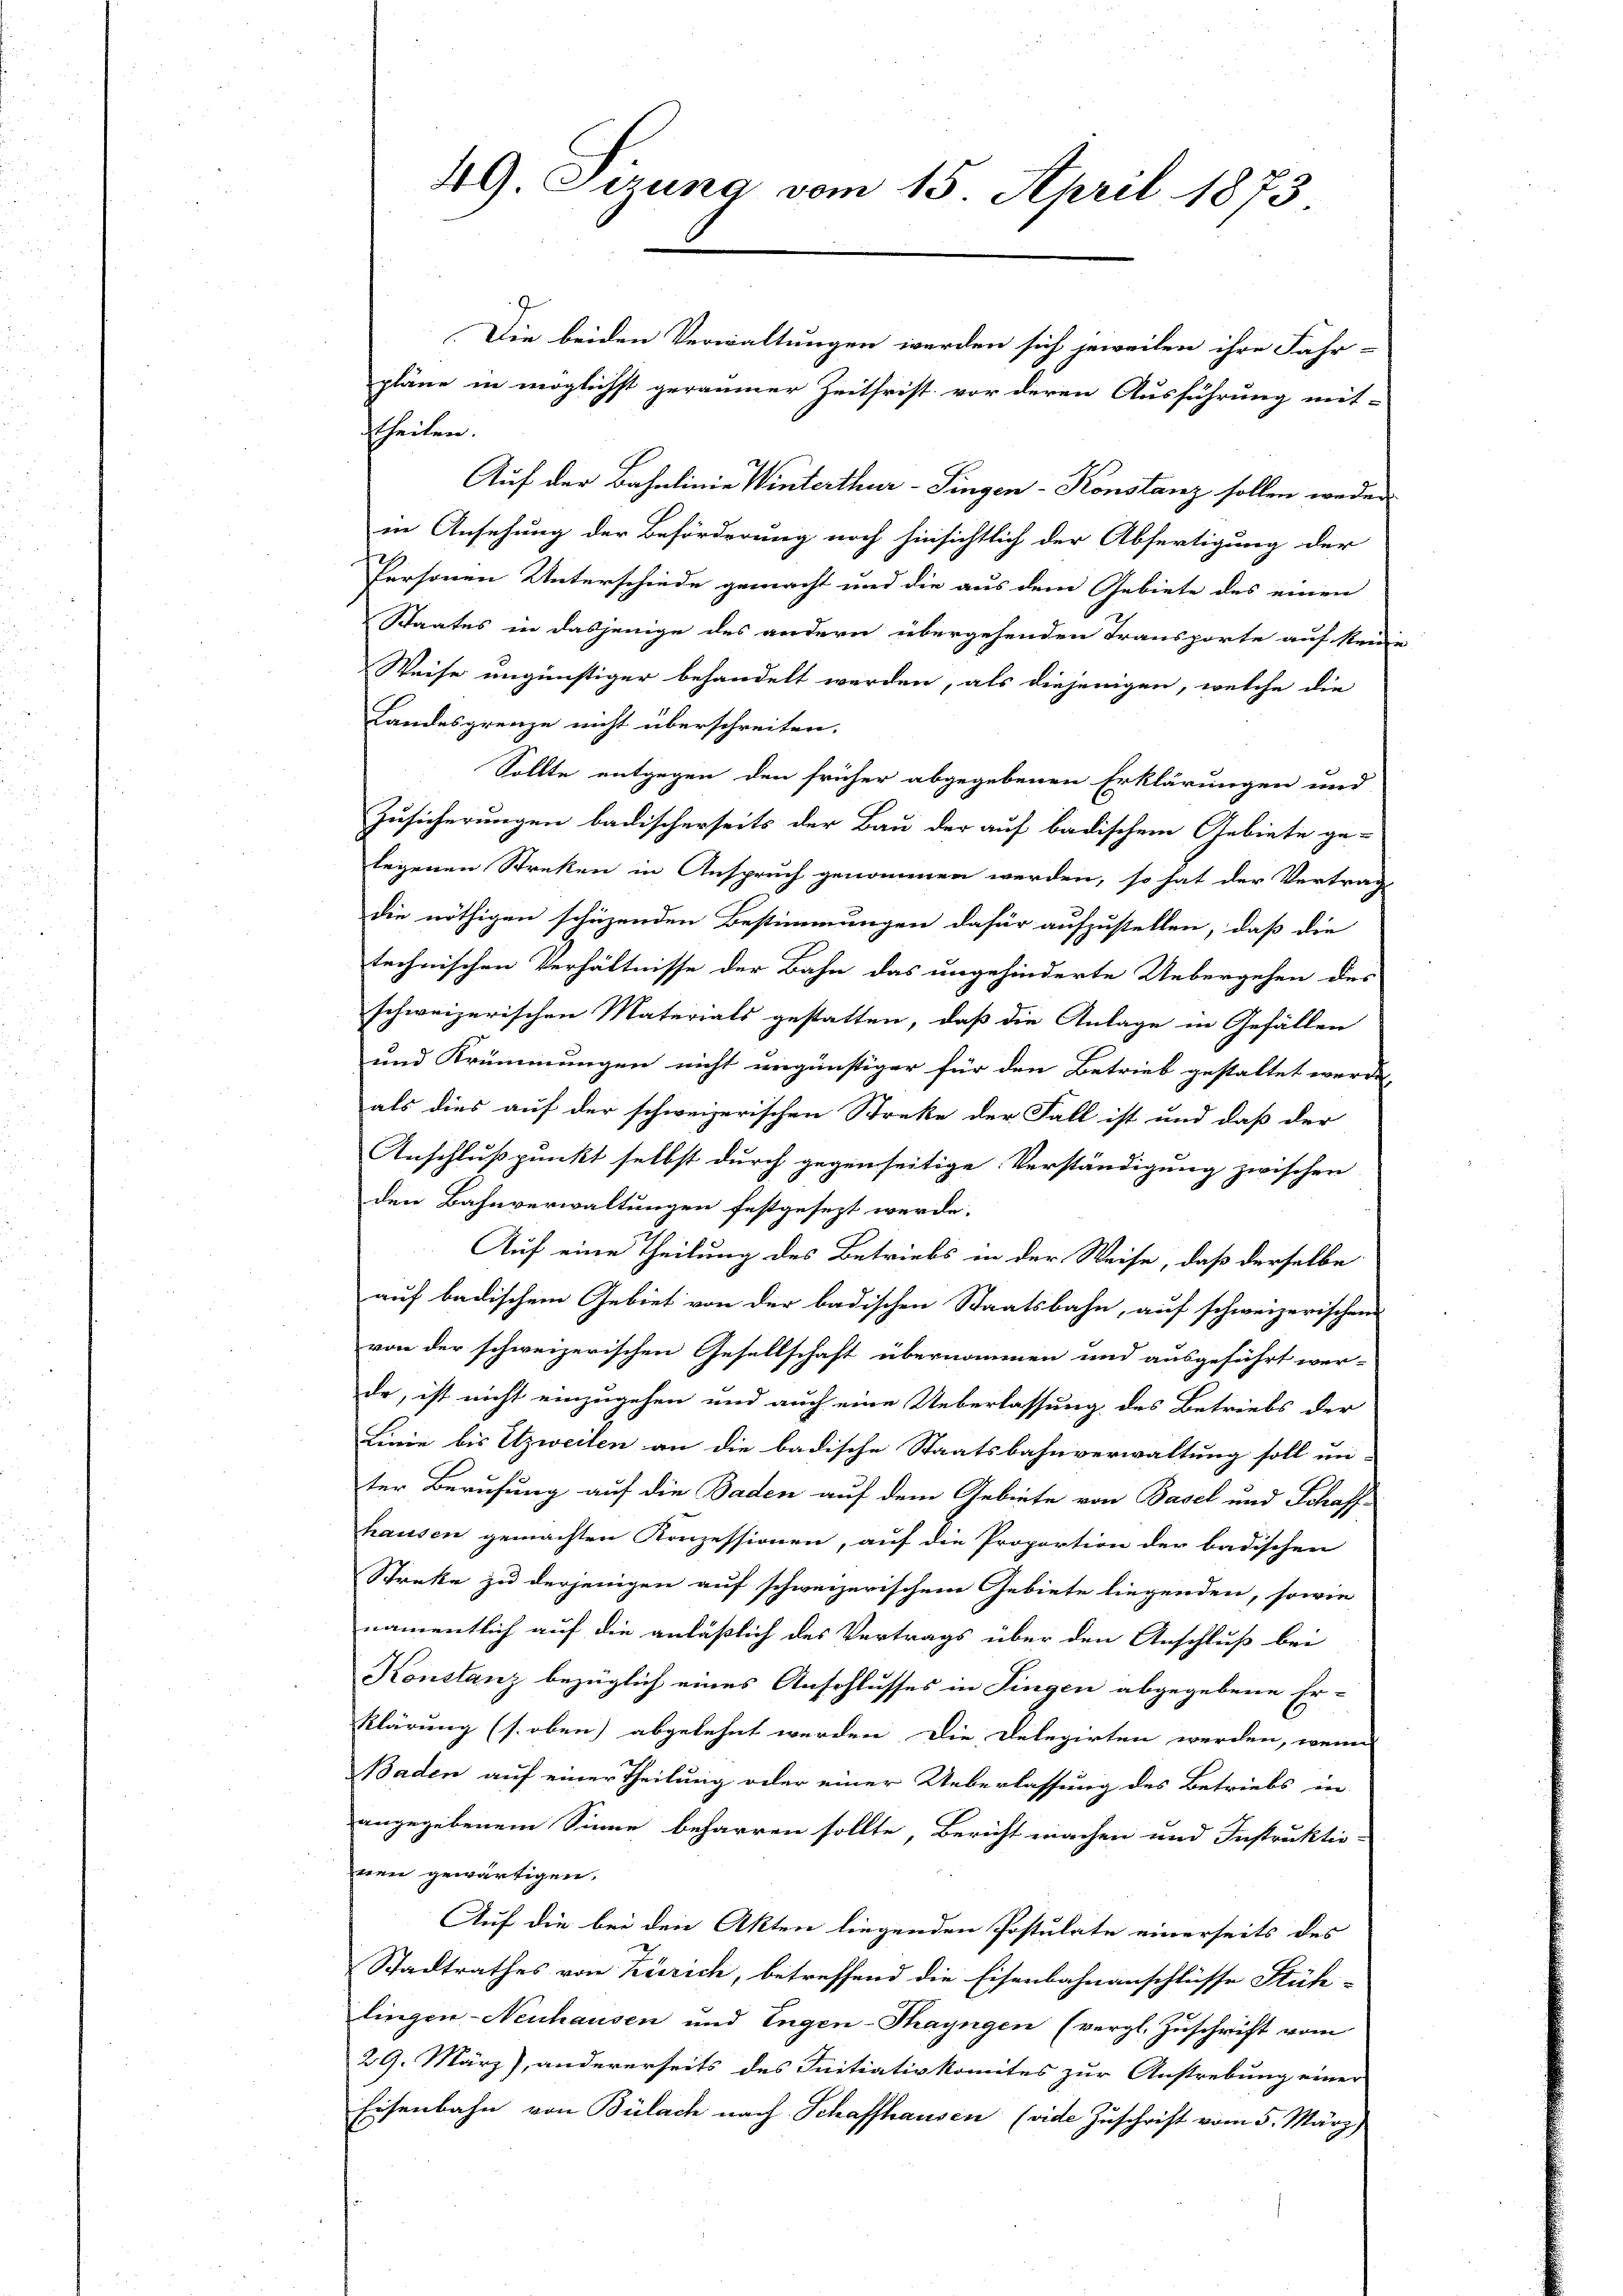
49. Sizung vom 15. April 1873

Die beiden Verwaltungen werden sich jeweilen ihre Fahr-
pläne in möglichst geräumer Zeitfrist vor deren Ausführung mit-
theilen.
Auf der Bahnlinie Winterthur–Singen-Konstanz sollen weden
in Ansehung der Beförderung noch hinsichtlich der Abfertigung der
Personen Unterschiede gemacht und die aus dem Gebiete des einen
Staates in dasjenige des andern übergehenden Transporte auf Reni-
Weise ungünstiger behandelt werden, als diejenigen, welche die
Landesgrenze nicht überschreiten.
Sollte entgegen den früher abgegebenen Erklärungen und
Zusicherungen badischerseits der Bau der auf badischem Gebiete ge-
legenen Streken in Anspruch genommen werden, so hat der Vertrag
die nöthigen schüzenden Bestimmungen dafür aufzustellen, daß die
technischen Verhältnisse der Bahn das ungehinderte Uebergehen des
schweizerischen Materials gestatten, daß die Anlage in Gefällen
und Krümmungen nicht ungünstiger für den Betrieb gestaltet werde,
als dies auf der schweizerischen Streke der Fall ist und daß der
Anschlußpunkt selbst durch gegenseitige Verständigung zwischen
den Bahnverwaltungen festgesezt werde.
Auf eine Theilung des Betriebs in der Weise, daß derselbe
auf badischem Gebiet von der badischen Staatsbahn, auf schweizerischen
von der schweizerischen Gesellschaft übernommen und ausgeführt wer-
de, ist nicht einzugehen und auch eine Ueberlassung des Betriebs der
Linie bis Etzweilen an die badische Staatsbahnverwaltung soll un-
ter Berufung auf die Baden auf dem Gebiete von Basel und Schaff-
hausen gemachten Konzessionen, auf die Proportion der badischen
Streke zu derjenigen auf schweizerischem Gebiete liegenden, sowie
namentlich auf die anläßlich des Vertrags über den Anschluß bei
Konstanz bezüglich eines Anschlusses in Fingen abgegebene Er-
Klärung (s. oben) abgelehnt werden Die Delegirten werden, wenn
Baden auf einer Theilung oder einer Ueberlassung des Betriebs in
angegebenem Sinne beharren sollte, Bericht machen und Instruktio-
nen gewärtigen.
Auf die bei den Akten liegenden Postulate einerseits des
Stadtrathes von Zürich, betreffend die Eisenbahnanschlüsse Füh-
lingen - Neuhausen und Engen-Thayngen (vergl. Zuschrift vom
29. März), andererseits des Initiativkomites zur Anstrebung einer
Eisenbahn von Bülach nach Schaffhausen (vide Zuschrift vom 5. März)